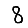
Digit: 8